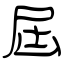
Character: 屆